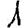
Digit: 1